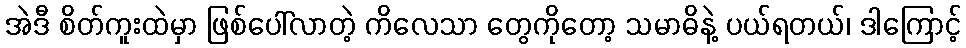
အဲဒီ စိတ်ကူးထဲမှာ ဖြစ်ပေါ်လာတဲ့ ကိလေသာ တွေကိုတော့ သမာဓိနဲ့ ပယ်ရတယ်၊ ဒါကြောင့်